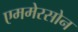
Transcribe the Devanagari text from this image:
एममेरसोन